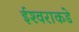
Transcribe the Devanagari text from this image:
ईश्‍वराकडे